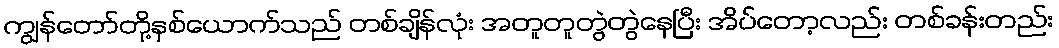
ကျွန်တော်တို့နှစ်ယောက်သည် တစ်ချိန်လုံး အတူတူတွဲတွဲနေပြီး အိပ်တော့လည်း တစ်ခန်းတည်း